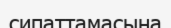
сипаттамасына